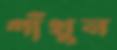
গাঁথুন